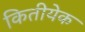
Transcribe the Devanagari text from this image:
कितीयेक